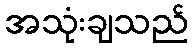
အသုံးချသည်